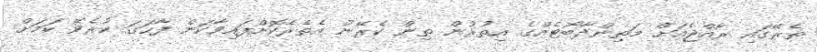
ތެރޭގައި ރާއްޖެއަށް މަތިންދާބޯޓެއްގެ އިތުރުން ތިން ކެރޭނު އެތެރެކޮށްފައިވާކަން ފާހަގަ ކުރެވޭ ކަމަށް